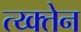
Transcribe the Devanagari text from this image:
त्य्क्तेन